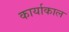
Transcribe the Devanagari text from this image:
कार्याकाल